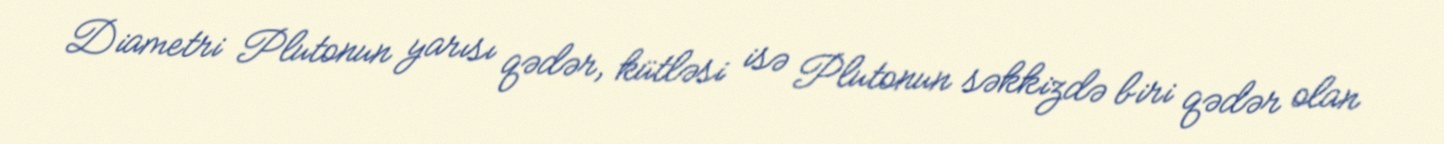
Diametri Plutonun yarısı qədər, kütləsi isə Plutonun səkkizdə biri qədər olan